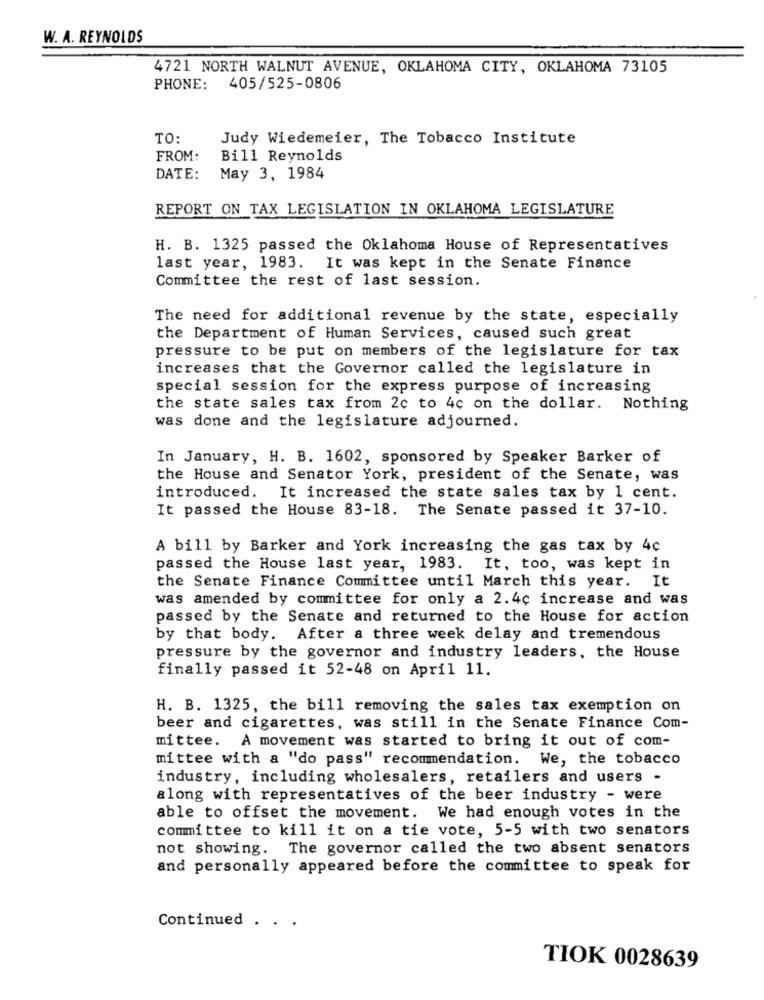
W. A. REYNOLDS
4721 NORTH WALNUT AVENUE, OKLAHOMA CITY, OKLAHOMA 73105
PHONE: 405/525-0806
TO:
Judy Wiedemeier, The Tobacco Institute
FROM:
Bill Reynolds
DATE:
May 3, 1984
REPORT ON TAX LEGISLATION IN OKLAHOMA LEGISLATURE
H. B. 1325 passed the Oklahoma House of Representatives
last year, 1983. It was kept in the Senate Finance
Committee the rest of last session.
The need for additional revenue by the state, especially
the Department of Human Services, caused such great
pressure to be put on members of the legislature for tax
increases that the Governor called the legislature in
special session for the express purpose of increasing
the state sales tax from 2c to 4c on the dollar. Nothing
was done and the legislature adjourned.
In January, H. B. 1602, sponsored by Speaker Barker of
the House and Senator York, president of the Senate, was
introduced. It increased the state sales tax by 1 cent.
It passed the House 83-18. The Senate passed it 37-10.
A bill by Barker and York increasing the gas tax by 4¢
passed the House last year, 1983. It, too, was kept in
the Senate Finance Committee until March this year. It
was amended by committee for only a 2.4c increase and was
passed by the Senate and returned to the House for action
by that body. After a three week delay and tremendous
pressure by the governor and industry leaders, the House
finally passed it 52-48 on April 11.
H. B. 1325, the bill removing the sales tax exemption on
beer and cigarettes, was still in the Senate Finance Com-
mittee. A movement was started to bring it out of com-
mittee with a "do pass" recommendation. We, the tobacco
industry, including wholesalers, retailers and users -
along with representatives of the beer industry - were
able to offset the movement. We had enough votes in the
committee to kill it on a tie vote, 5-5 with two senators
not showing. The governor called the two absent senators
and personally appeared before the committee to speak for
Continued . . .
TIOK 0028639